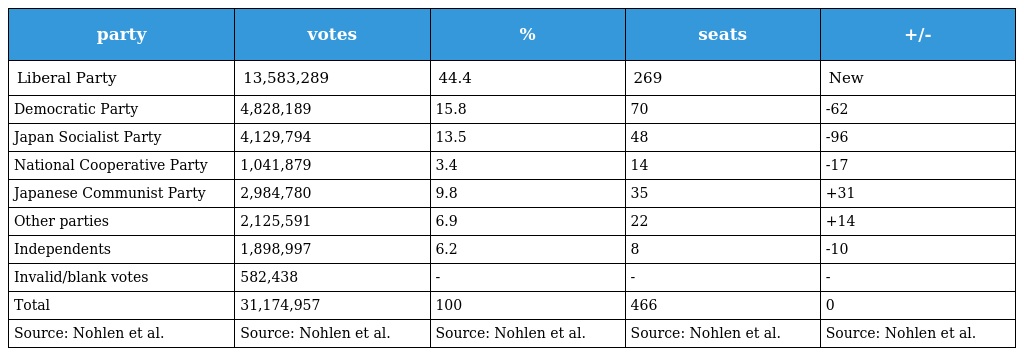
| party | votes | % | seats | +/- |
 | --- | --- | --- | --- | --- |
 | Liberal Party | 13,583,289 | 44.4 | 269 | New |
 | Democratic Party | 4,828,189 | 15.8 | 70 | -62 |
 | Japan Socialist Party | 4,129,794 | 13.5 | 48 | -96 |
 | National Cooperative Party | 1,041,879 | 3.4 | 14 | -17 |
 | Japanese Communist Party | 2,984,780 | 9.8 | 35 | +31 |
 | Other parties | 2,125,591 | 6.9 | 22 | +14 |
 | Independents | 1,898,997 | 6.2 | 8 | -10 |
 | Invalid/blank votes | 582,438 | - | - | - |
 | Total | 31,174,957 | 100 | 466 | 0 |
 | Source: Nohlen et al. | Source: Nohlen et al. | Source: Nohlen et al. | Source: Nohlen et al. | Source: Nohlen et al. |